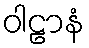
ဝါဠာနံ